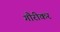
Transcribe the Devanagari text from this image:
गौरीकर